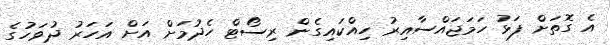
އެ ގޮތަށް ފަޅު ހަމަޖައްސާއިރު ހިއްކައިގެން ރިސޯޓް ހެދުމަށް އަށް އަހަރު ދުވަހުގެ